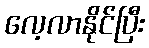
လေ့လာနိုင်ပြီး